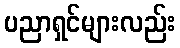
ပညာရှင်များလည်း